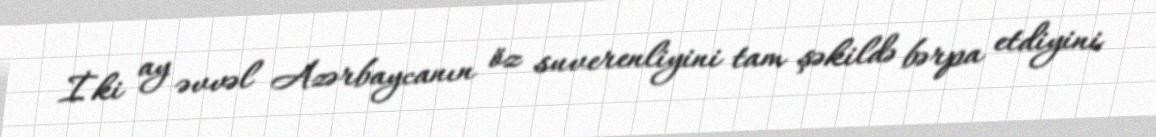
İki ay əvvəl Azərbaycanın öz suverenliyini tam şəkildə bərpa etdiyini